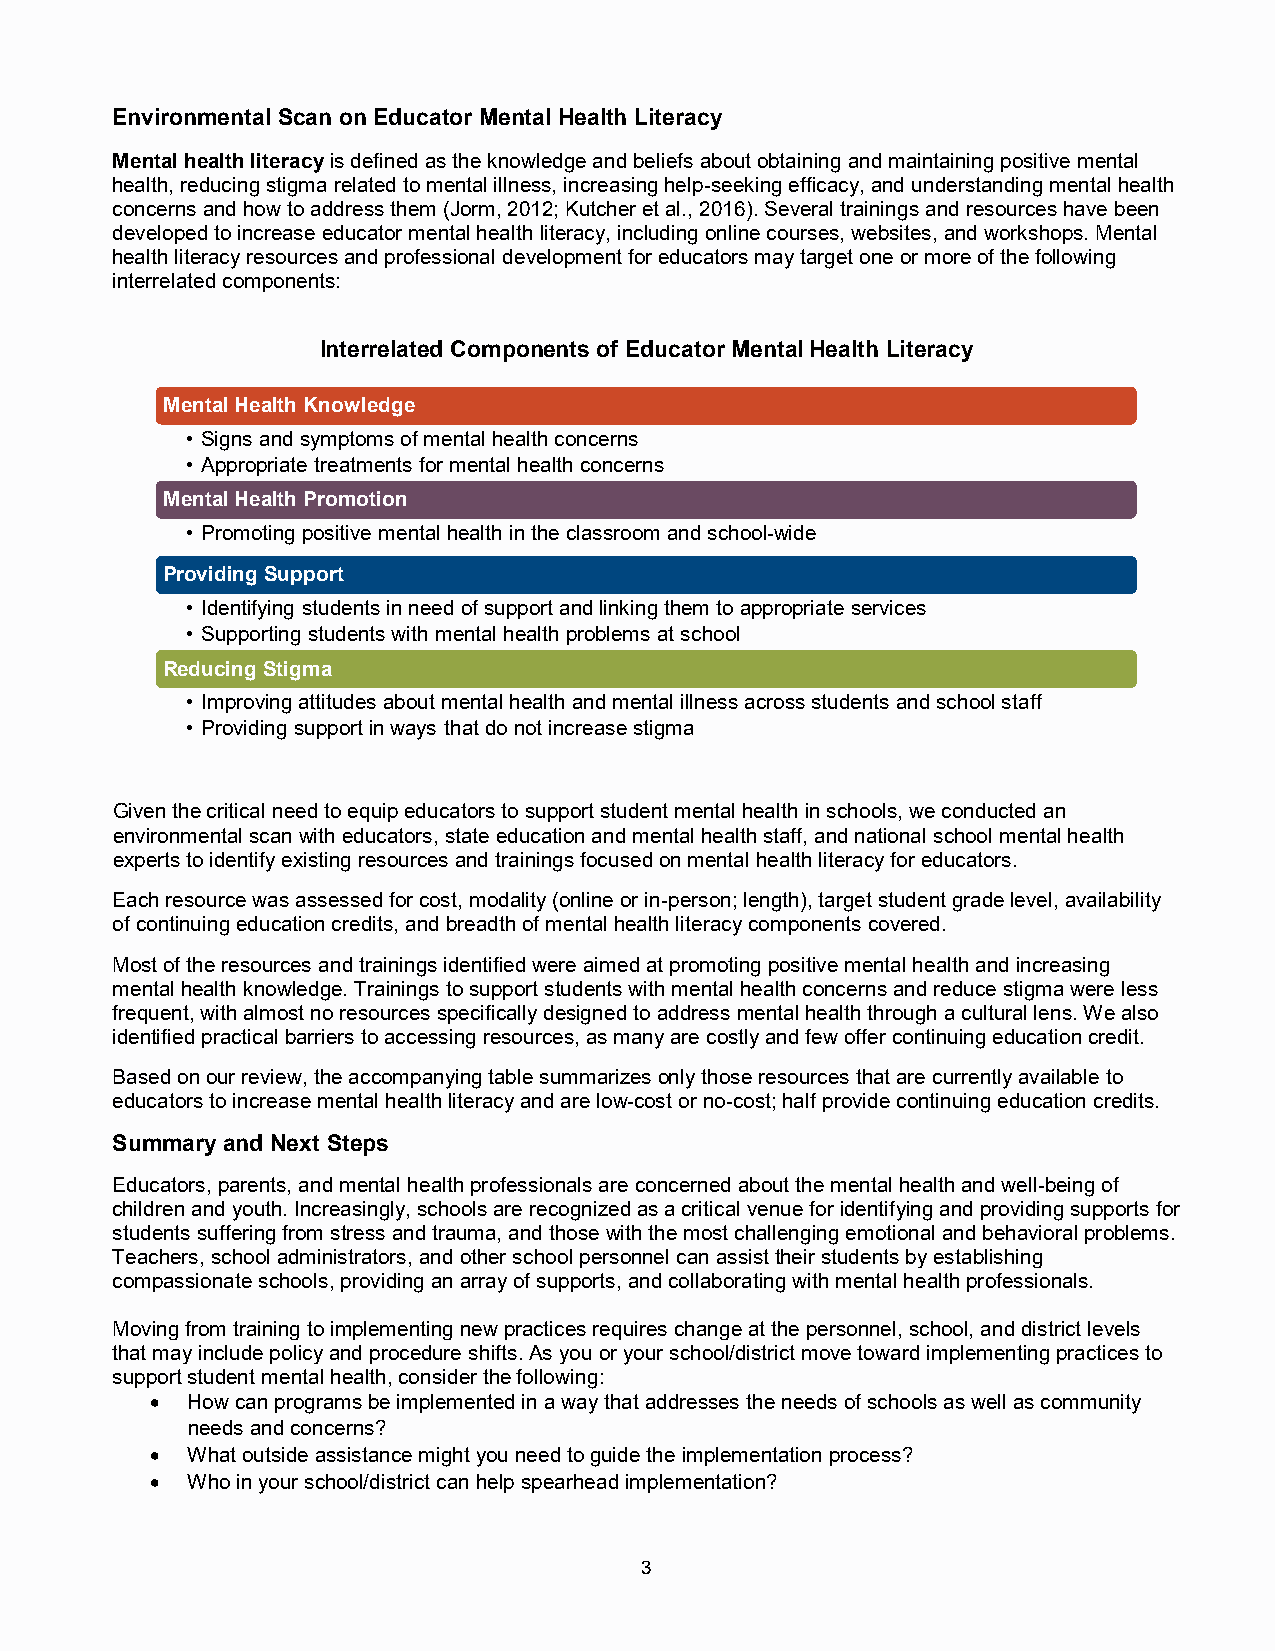
Environmental Scan on Educator Mental Health Literacy
 Mental health literacy is defined as the knowledge and beliefs about obtaining and maintaining positive mental
 health, reducing stigma related to mental illness, increasing help-seeking efficacy, and understanding mental health
 concerns and how to address them (Jorm, 2012; Kutcher et al., 2016). Several trainings and resources have been
 developed to increase educator mental health literacy, including online courses, websites, and workshops. Mental
 health literacy resources and professional development for educators may target one or more of the following
 interrelated components:
 Interrelated Components of Educator Mental Health Literacy
 Mental Health Knowledge
 • Signs and symptoms of mental health concerns
 • Appropriate treatments for mental health concerns
 Mental Health Promotion
 • Promoting positive mental health in the classroom and school-wide
 Providing Support
 • Identifying students in need of support and linking them to appropriate services
 • Supporting students with mental health problems at school
 Reducing Stigma
 • Improving attitudes about mental health and mental illness across students and school staff
 • Providing support in ways that do not increase stigma
 Given the critical need to equip educators to support student mental health in schools, we conducted an
 environmental scan with educators, state education and mental health staff, and national school mental health
 experts to identify existing resources and trainings focused on mental health literacy for educators.
 Each resource was assessed for cost, modality (online or in-person; length), target student grade level, availability
 of continuing education credits, and breadth of mental health literacy components covered.
 Most of the resources and trainings identified were aimed at promoting positive mental health and increasing
 mental health knowledge. Trainings to support students with mental health concerns and reduce stigma were less
 frequent, with almost no resources specifically designed to address mental health through a cultural lens. We also
 identified practical barriers to accessing resources, as many are costly and few offer continuing education credit.
 Based on our review, the accompanying table summarizes only those resources that are currently available to
 educators to increase mental health literacy and are low-cost or no-cost; half provide continuing education credits.
 Summary and Next Steps
 Educators, parents, and mental health professionals are concerned about the mental health and well-being of
 children and youth. Increasingly, schools are recognized as a critical venue for identifying and providing supports for
 students suffering from stress and trauma, and those with the most challenging emotional and behavioral problems.
 Teachers, school administrators, and other school personnel can assist their students by establishing
 compassionate schools, providing an array of supports, and collaborating with mental health professionals.
 Moving from training to implementing new practices requires change at the personnel, school, and district levels
 that may include policy and procedure shifts. As you or your school/district move toward implementing practices to
 support student mental health, consider the following:
 • How can programs be implemented in a way that addresses the needs of schools as well as community
 needs and concerns?
 • What outside assistance might you need to guide the implementation process?
 • Who in your school/district can help spearhead implementation?
 3